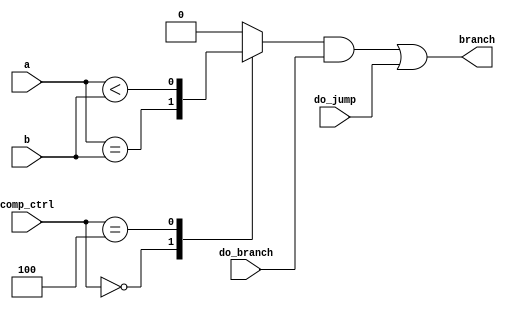
module br(
    input [31:0] a,
    input [31:0] b,
    input [2:0] comp_ctrl,
    input do_branch,
    input do_jump,
    output branch
);
reg taken;

always@(*) begin
    case(comp_ctrl)
    3'h0: taken = (a == b);
    3'h4: taken = (a < b);
    default: taken = 0;
    endcase
end

assign branch = (taken && do_branch) || do_jump;

endmodule